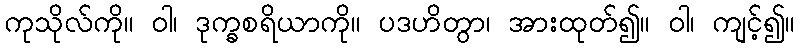
ကုသိုလ်ကို။ ဝါ၊ ဒုက္ခစရိယာကို။ ပဒဟိတွာ၊ အားထုတ်၍။ ဝါ၊ ကျင့်၍။